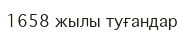
1658 жылы туғандар